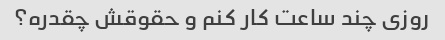
روزی چند ساعت کار کنم و حقوقش چقدره؟